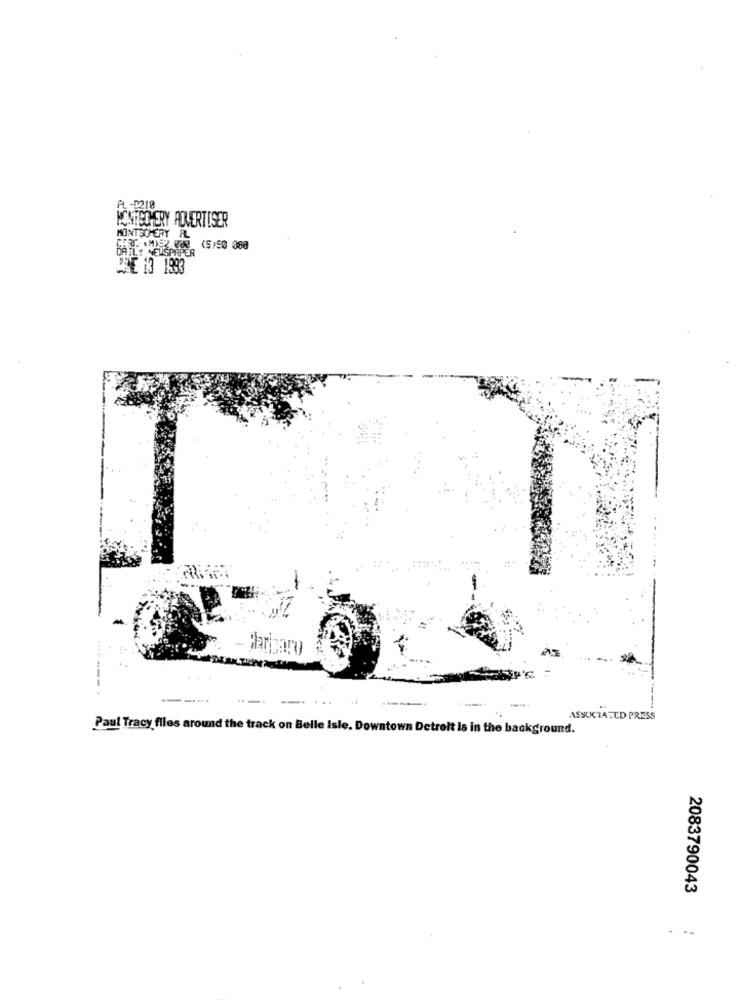
FL -1218
PUNTECHERY ADVERTISER
MONTGOMERY
<5,50 080
CHE 13 1993
Pariparo
-------.
---.
ASSUKCIATED PRESS
Paul Tracy files around the track on Belle Isle. Downtown Detroit Is in the background.
2083790043